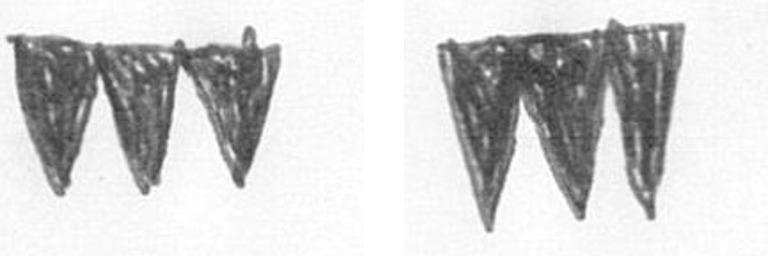
L L